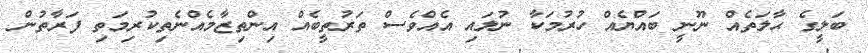
ބަލީގެ ޙާލަތެއް ނޫނީ ބައްޔެއް ހުރުމަކާ ނުލައި އެއްވެސް ތަރުތީބެއް އިންތިޒާމެއްނެތިކުރިމަތި ފަރާތުން